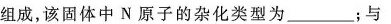
组成，该固体中N原子的杂化类型为_____；与